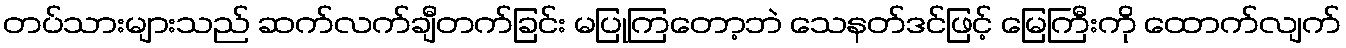
တပ်သားများသည် ဆက်လက်ချီတက်ခြင်း မပြုကြတော့ဘဲ သေနတ်ဒင်ဖြင့် မြေကြီးကို ထောက်လျက်